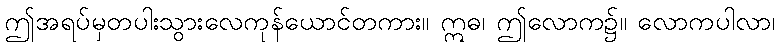
ဤအရပ်မှတပါးသွားလေကုန်ယောင်တကား။ ဣဓ၊ ဤလောက၌။ လောကပါလာ၊